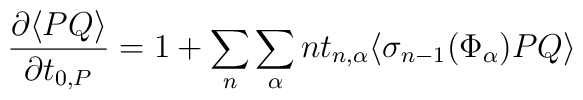
\frac{\partial \langle PQ \rangle}{\partial t_{0,P}}=1+\sum_n \sum_{\alpha}nt_{n,\alpha}\langle\sigma_{n-1}(\Phi_{\alpha})PQ\rangle